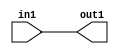
`timescale 1ps / 1ps

// Generated by Cadence Genus(TM) Synthesis Solution 17.11-s014_1
// Generated on: May  4 2021 16:16:32 CST (May  4 2021 08:16:32 UTC)

module DC_Filter_Add_5U_12_4(in1, out1);
  input [4:0] in1;
  output [4:0] out1;
  wire [4:0] in1;
  wire [4:0] out1;
  assign out1[0] = in1[0];
  assign out1[1] = in1[1];
  assign out1[2] = in1[2];
  assign out1[3] = in1[3];
  assign out1[4] = in1[4];
endmodule